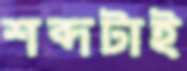
শব্দটাই